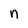
Character: n